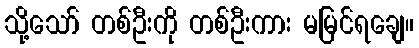
သို့သော် တစ်ဦးကို တစ်ဦးကား မမြင်ရချေ။